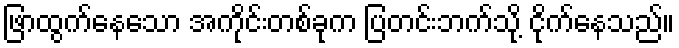
ဖြာထွက်နေသော အကိုင်းတစ်ခုက ပြတင်းဘက်သို့ ငိုက်နေသည်။